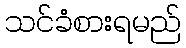
သင်ခံစားရမည်